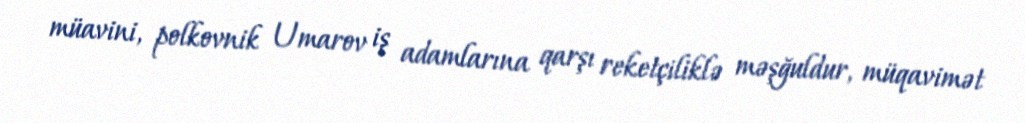
müavini, polkovnik Umarov iş adamlarına qarşı reketçiliklə məşğuldur, müqavimət